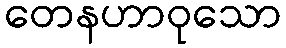
တေနဟာဝုသော